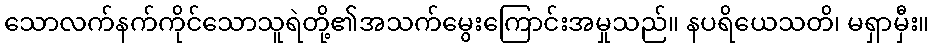
သောလက်နက်ကိုင်သောသူရဲတို့၏အသက်မွေးကြောင်းအမှုသည်။ နပရိယေသတိ၊ မရှာမှီး။